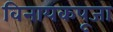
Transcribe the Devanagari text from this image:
विनायकपूजा